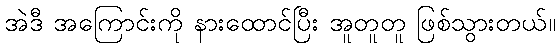
အဲဒီ အကြောင်းကို နားထောင်ပြီး အူတူတူ ဖြစ်သွားတယ်။